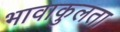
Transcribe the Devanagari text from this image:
भावाकुलता